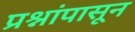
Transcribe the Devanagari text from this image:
प्रश्नांपासून